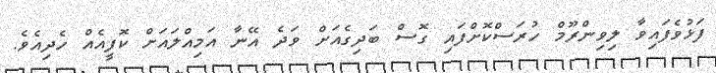
ފަޅުވެފައިވާ ލިވިންރޫމް ހުރަސްކޮށްފައި ގޮސް ބަދިގެއަށް ވަދެ އޭނާ އަމިއްލައަށް ކޮފީއެއް ހެދިއެވެ.